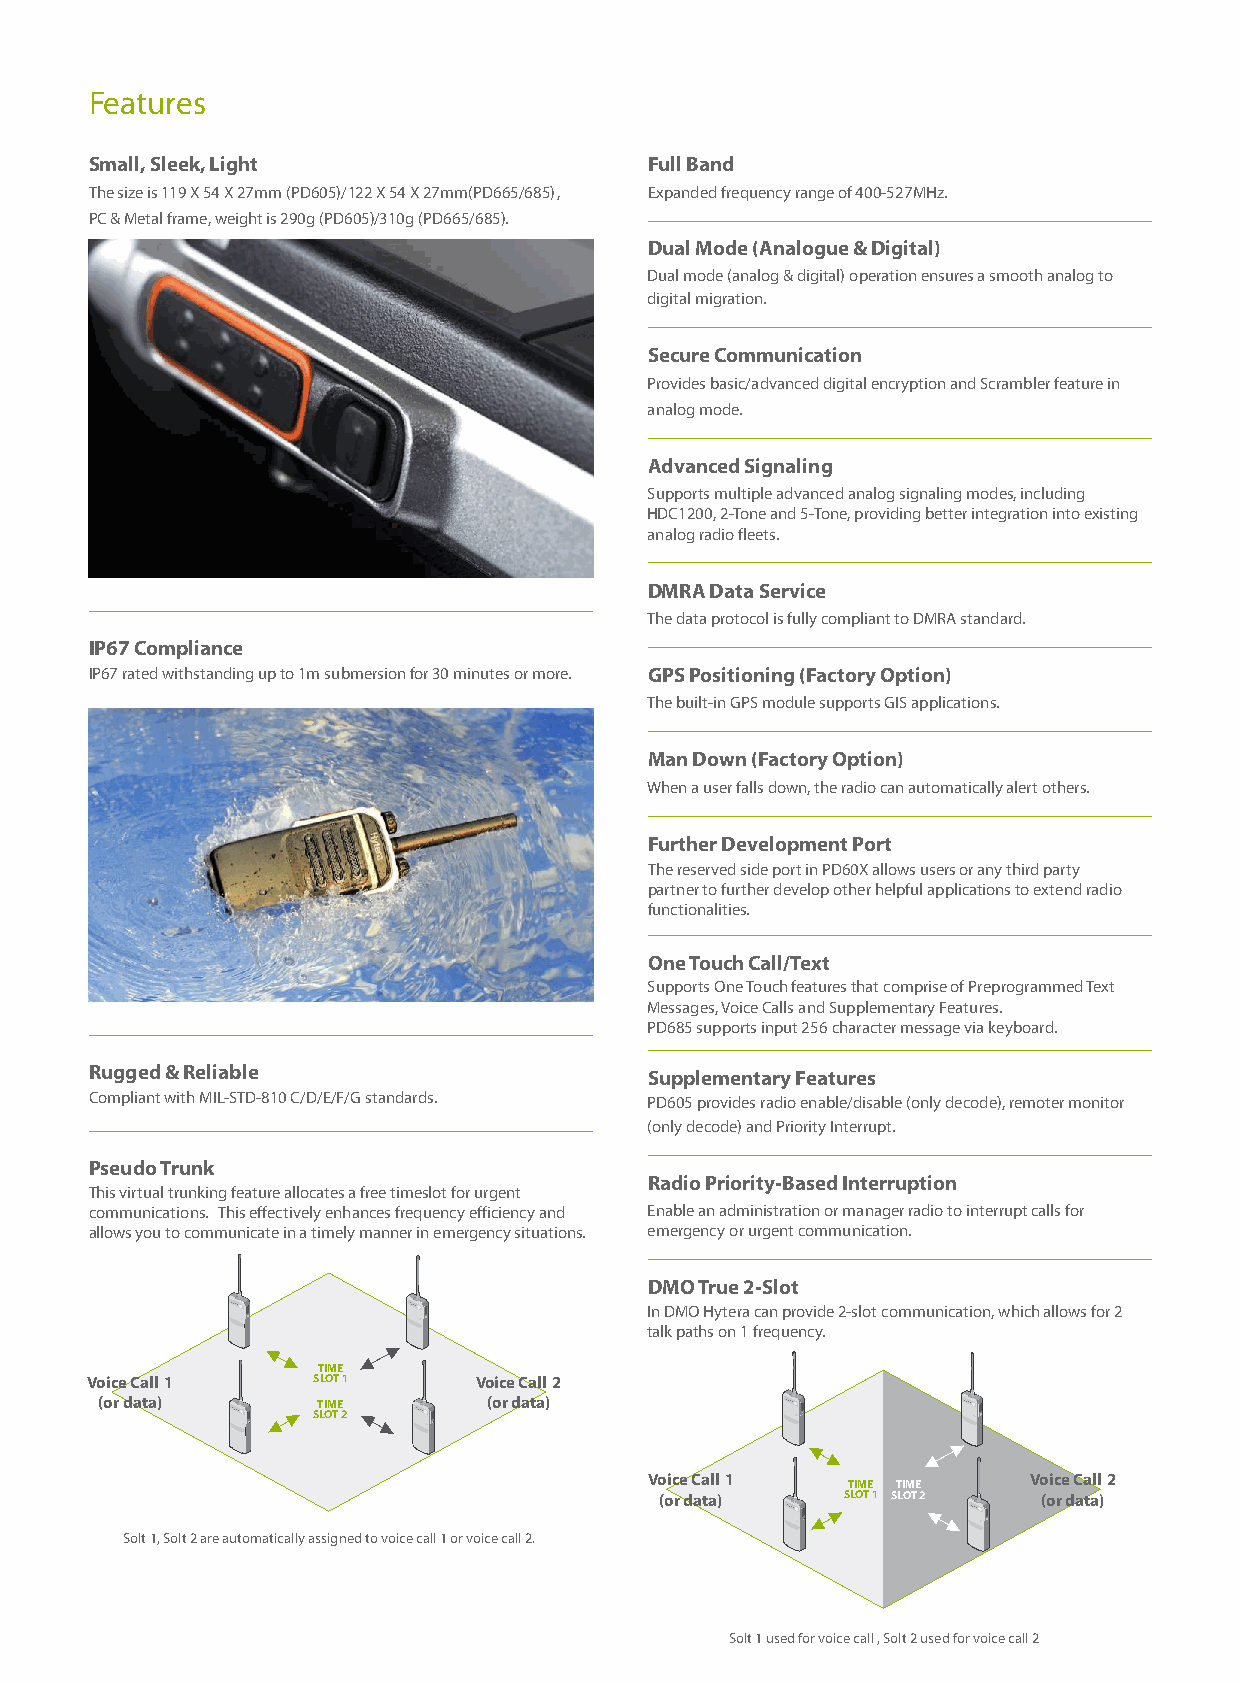
Features
 Small, Sleek, Light                  Full Band
 The size is 119 X 54 X 27mm (PD605)/122 X 54 X 27mm(PD665/685), Expanded frequency range of 400-527MHz.
 PC & Metal frame, weight is 290g (PD605)/310g (PD665/685).
 Dual Mode (Analogue & Digital)
 Dual mode (analog & digital) operation ensures a smooth analog to
 digital migration.
 Secure Communication
 Provides basic/advanced digital encryption and Scrambler feature in
 analog mode.
 Advanced Signaling
 Supports multiple advanced analog signaling modes, including
 HDC1200, 2-Tone and 5-Tone, providing better integration into existing
 analog radio fleets.
 DMRA Data Service
 The data protocol is fully compliant to DMRA standard.
 IP67 Compliance
 IP67 rated withstanding up to 1m submersion for 30 minutes or more. GPS Positioning (Factory Option)
 The built-in GPS module supports GIS applications.
 Man Down (Factory Option)
 When a user falls down, the radio can automatically alert others.
 Further Development Port
 The reserved side port in PD60X allows users or any third party
 partner to further develop other helpful applications to extend radio
 functionalities.
 One Touch Call/Text
 Supports One Touch features that comprise of Preprogrammed Text
 Messages, Voice Calls and Supplementary Features.
 PD685 supports input 256 character message via keyboard.
 Rugged & Reliable                    Supplementary Features
 Compliant with MIL-STD-810 C/D/E/F/G standards. PD605 provides radio enable/disable (only decode), remoter monitor
 (only decode) and Priority Interrupt.
 Pseudo Trunk
 Radio Priority-Based Interruption
 This virtual trunking feature allocates a free timeslot for urgent
 communications. This effectively enhances frequency efficiency and Enable an administration or manager radio to interrupt calls for
 allows you to communicate in a timely manner in emergency situations. emergency or urgent communication.
 DMO True 2-Slot
 Hytera      Hytera          In DMO Hytera can provide 2-slot communication, which allows for 2
 talk paths on 1 frequency.
 TIME
 Voice Call 1   SLOT 1    Voice Call 2
 (or data)
 Hytera
 ST LI OM TE
 2    Hytera
 (or data)           Hytera      Hytera
 Voice Call 1             Voice Call 2
 TIME TIME
 (or data)   SLOT 1 SLOT 2 (or data)
 Hytera      Hytera
 Solt 1, Solt 2 are automatically assigned to voice call 1 or voice call 2.
 Solt 1 used for voice call , Solt 2 used for voice call 2